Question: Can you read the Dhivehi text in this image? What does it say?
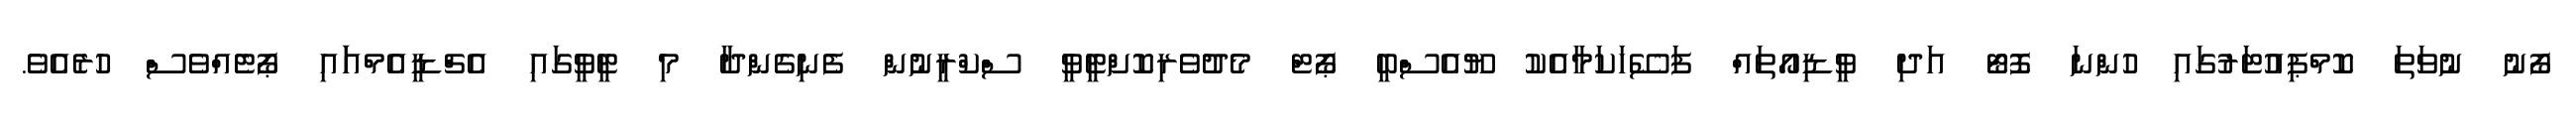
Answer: ފޯނު ނުވަތަ ކޮމްޕިއުޓަރުގައި ހުންނަ ފޮޓޯ އަދި ވީޑިއޯތައް ފަސޭހަކަމާއެކު ޔޫއެސްބީ ޕޯޓް މެދުވެރިކޮށްޓީވީ ސްކްރީނުން ފެނިގެންދާ މި ޓީވީގައި އެޗްޑީއެމްއަައި ޕޯޓެއްވެސް ހުރެއެވެ.